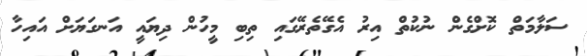
ސަލާމަތް ކޮށްގެން ނުކުތް އިރު އެގޭތެރޭގައި ތިބި މީހުން ދިޔައީ އަނގަޔަށް އައިހާ